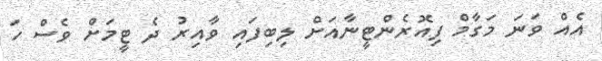
އެއް ވަނަ މަގާމް ފިއޮރެންޓީނާއަށް ލިބިފައި ވާއިރު ދެ ޓީމަށް ވެސް ހަ